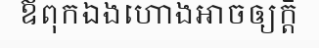
ឪពុកឯងហោងអាចឲ្យក្តី